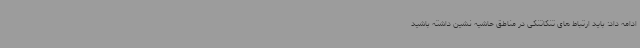
ادامه داد: باید ارتباط های تنگاتنگی در مناطق حاشیه نشین داشته باشید